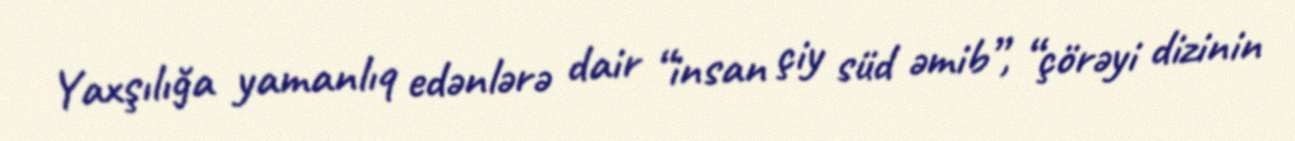
Yaxşılığa yamanlıq edənlərə dair “insan çiy süd əmib”, “çörəyi dizinin